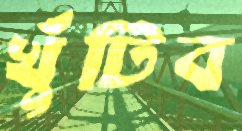
খুঁটিব